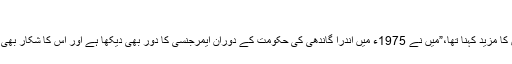
"
ارملیش کا مزید کہنا تھا،”میں نے 1975ء میں اندرا گاندھی کی حکومت کے دوران ایمرجنسی کا دور بھی دیکھا ہے اور اس کا شکار بھی ہوا تھا۔